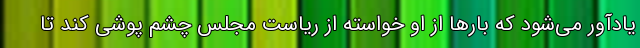
یادآور می‌شود که بارها از او خواسته از ریاست مجلس چشم پوشی کند تا